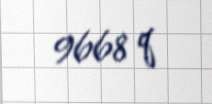
9668 q